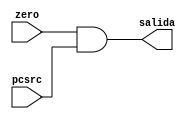
module branch
(
	input zero, pcsrc,
	output salida
);

assign salida = zero & pcsrc;

endmodule